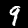
Digit: 9